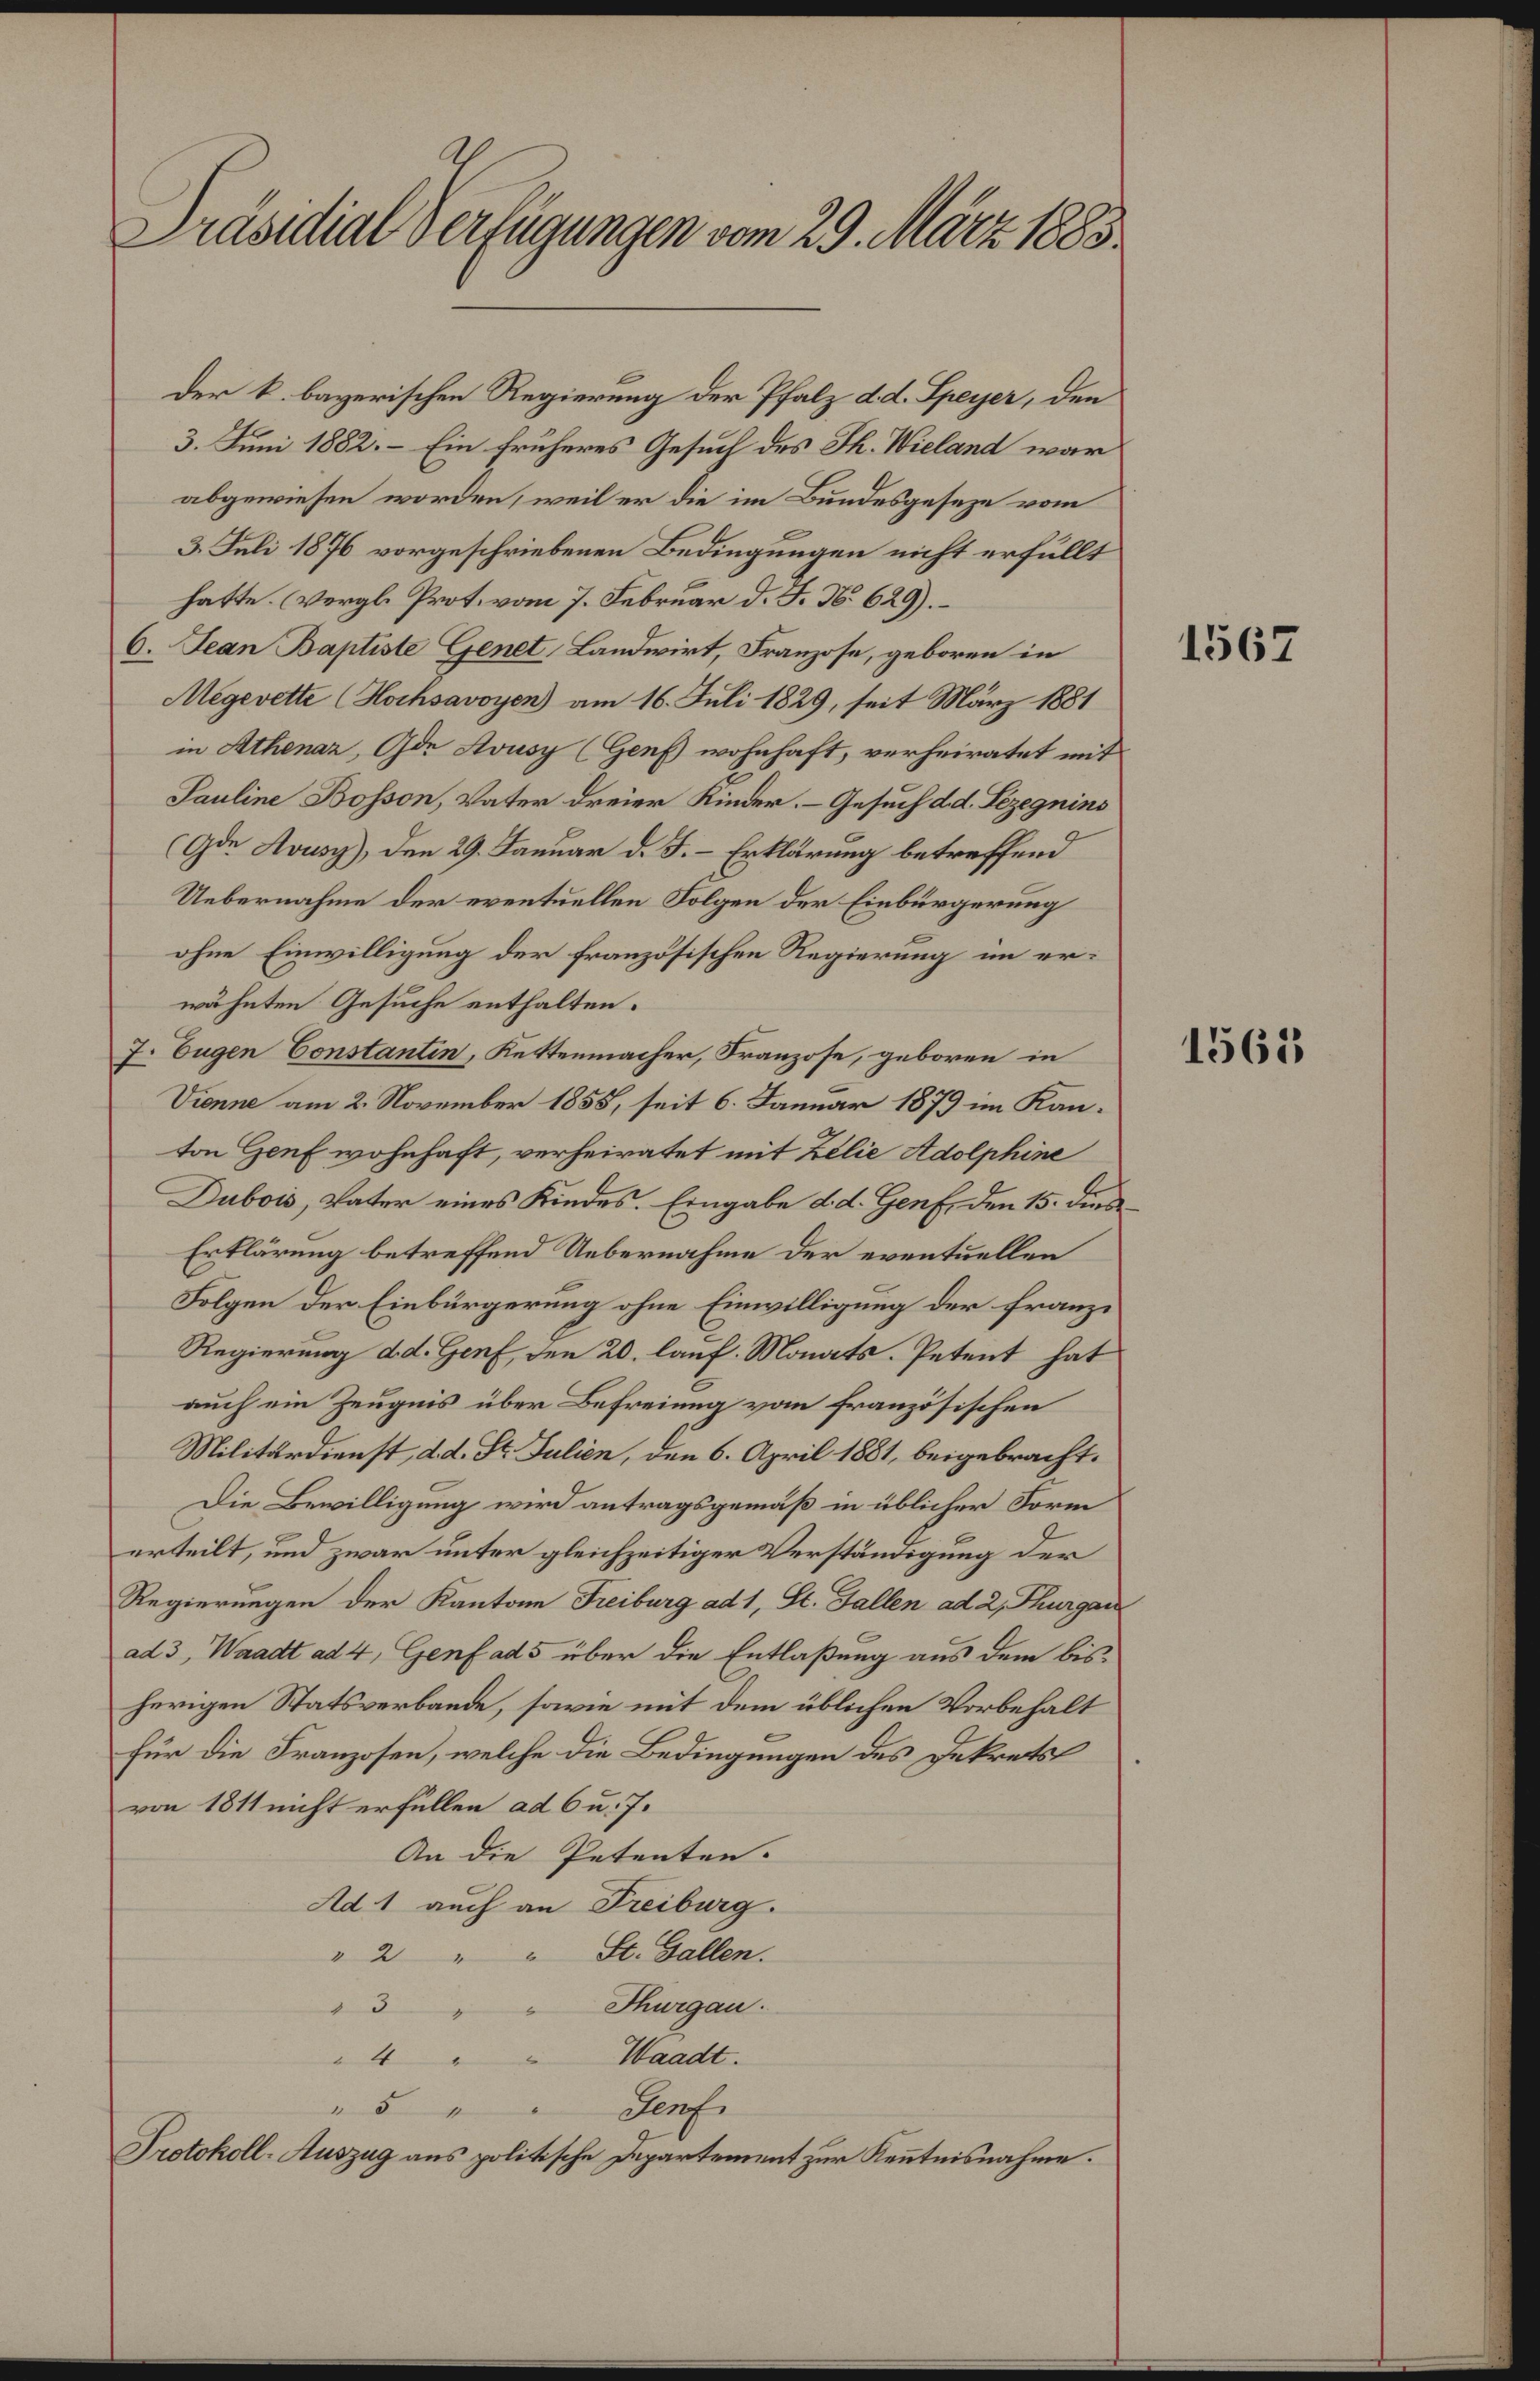
Präsidial-Verfügungen vom 29. März 1883

Der k. bayerischen Regierung der Pfalz d. d. Speyer, den
3. Juni 1882. – Ein früheres Gesuch des Th. Wieland war
abgewiesen worden, weil er die im Bundesgeseze vom
3. Juli 1876 vorgeschriebenen Bedingungen nicht erfüllt
hatte. Vergl. Prot. vom 7. Februar d. J. N. 629).
6. Jean Baptiste Genet, Landwirt, Franzose, geboren in
Megevette Hochsavoyen am 16. Juli 1829, seit März 1881
in Athenaz, Gde Aousy (Genf wohnhaft, verheiratet mit
Pauline Bosson, Vater dreier Kinder. – Gesuch d. d. Lezegnins
(Gde Avusy), den 29. Januar d. J. – Erklärung betreffend
Uebernahme der eventuellen Folgen der Einbürgerung
ohne Einwilligung der französischen Regierung im erwähnten Gesuche enthalten.
7. Eugen Constantin, Kettenmacher, Franzose, geboren in
Vienne am 2. November 1855, seit 6. Januar 1879 im Kanton Genf wohnhaft, verheiratet mit Zelie Adolphine
Dubois, Vater eines Kindes. Eingabe d. d. Genf, den 15. dies
Erklärung betreffend Uebernahme der eventuellen
Folgen der Einbürgerung ohne Einwilligung der franze
Regierung d.d. Genf, den 20. lauf. Monats-Petent hat
auch ein Zeugnis über Befreiung vom französischen
Militärdienst, d. d. St. Julien, den 6. April 1881, beigebracht.
Die Bewilligung wird antragsgemäß in üblicher Form
erteilt, und zwar unter gleichzeitiger Verständigung der
Regierungen der Kantone Freiburg ad 1, St. Gallen ad 2, Thurgau
ad 3, Waadt ad 4, Genf ad 5 über die Entlaßung aus dem bisherigen Statsverbande, sowie mit dem üblichen Vorbehalt
für die Franzosen, welche die Bedingungen des Dekrets
von 1811 nicht erfüllen ad 6 u. 7.
An die Petenten.
Ad 1 auch an Freiburg.
" 2 " " St. Gallen.
"3 " " Thurgau.
Waadt.
4
Senf.
" 5
Protokoll-Auszug aus politische Departement zur Kenntnisnahme.

1567

1561